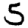
Digit: 5